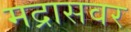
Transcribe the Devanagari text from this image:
मद्रासवर